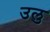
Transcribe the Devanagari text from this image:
उलु